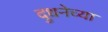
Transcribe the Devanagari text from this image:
दुधनेच्या